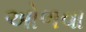
ઓળવા